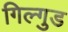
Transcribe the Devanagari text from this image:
गिल्गुड